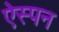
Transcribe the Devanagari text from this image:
ऐस्पन